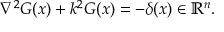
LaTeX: \nabla ^ { 2 } G ( x ) + k ^ { 2 } G ( x ) = - \delta ( x ) \in \mathbb { R } ^ { n } .